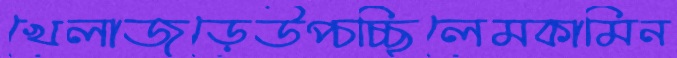
খেলাজুড়েউপ্‌চচ্ছিলেমকামিন